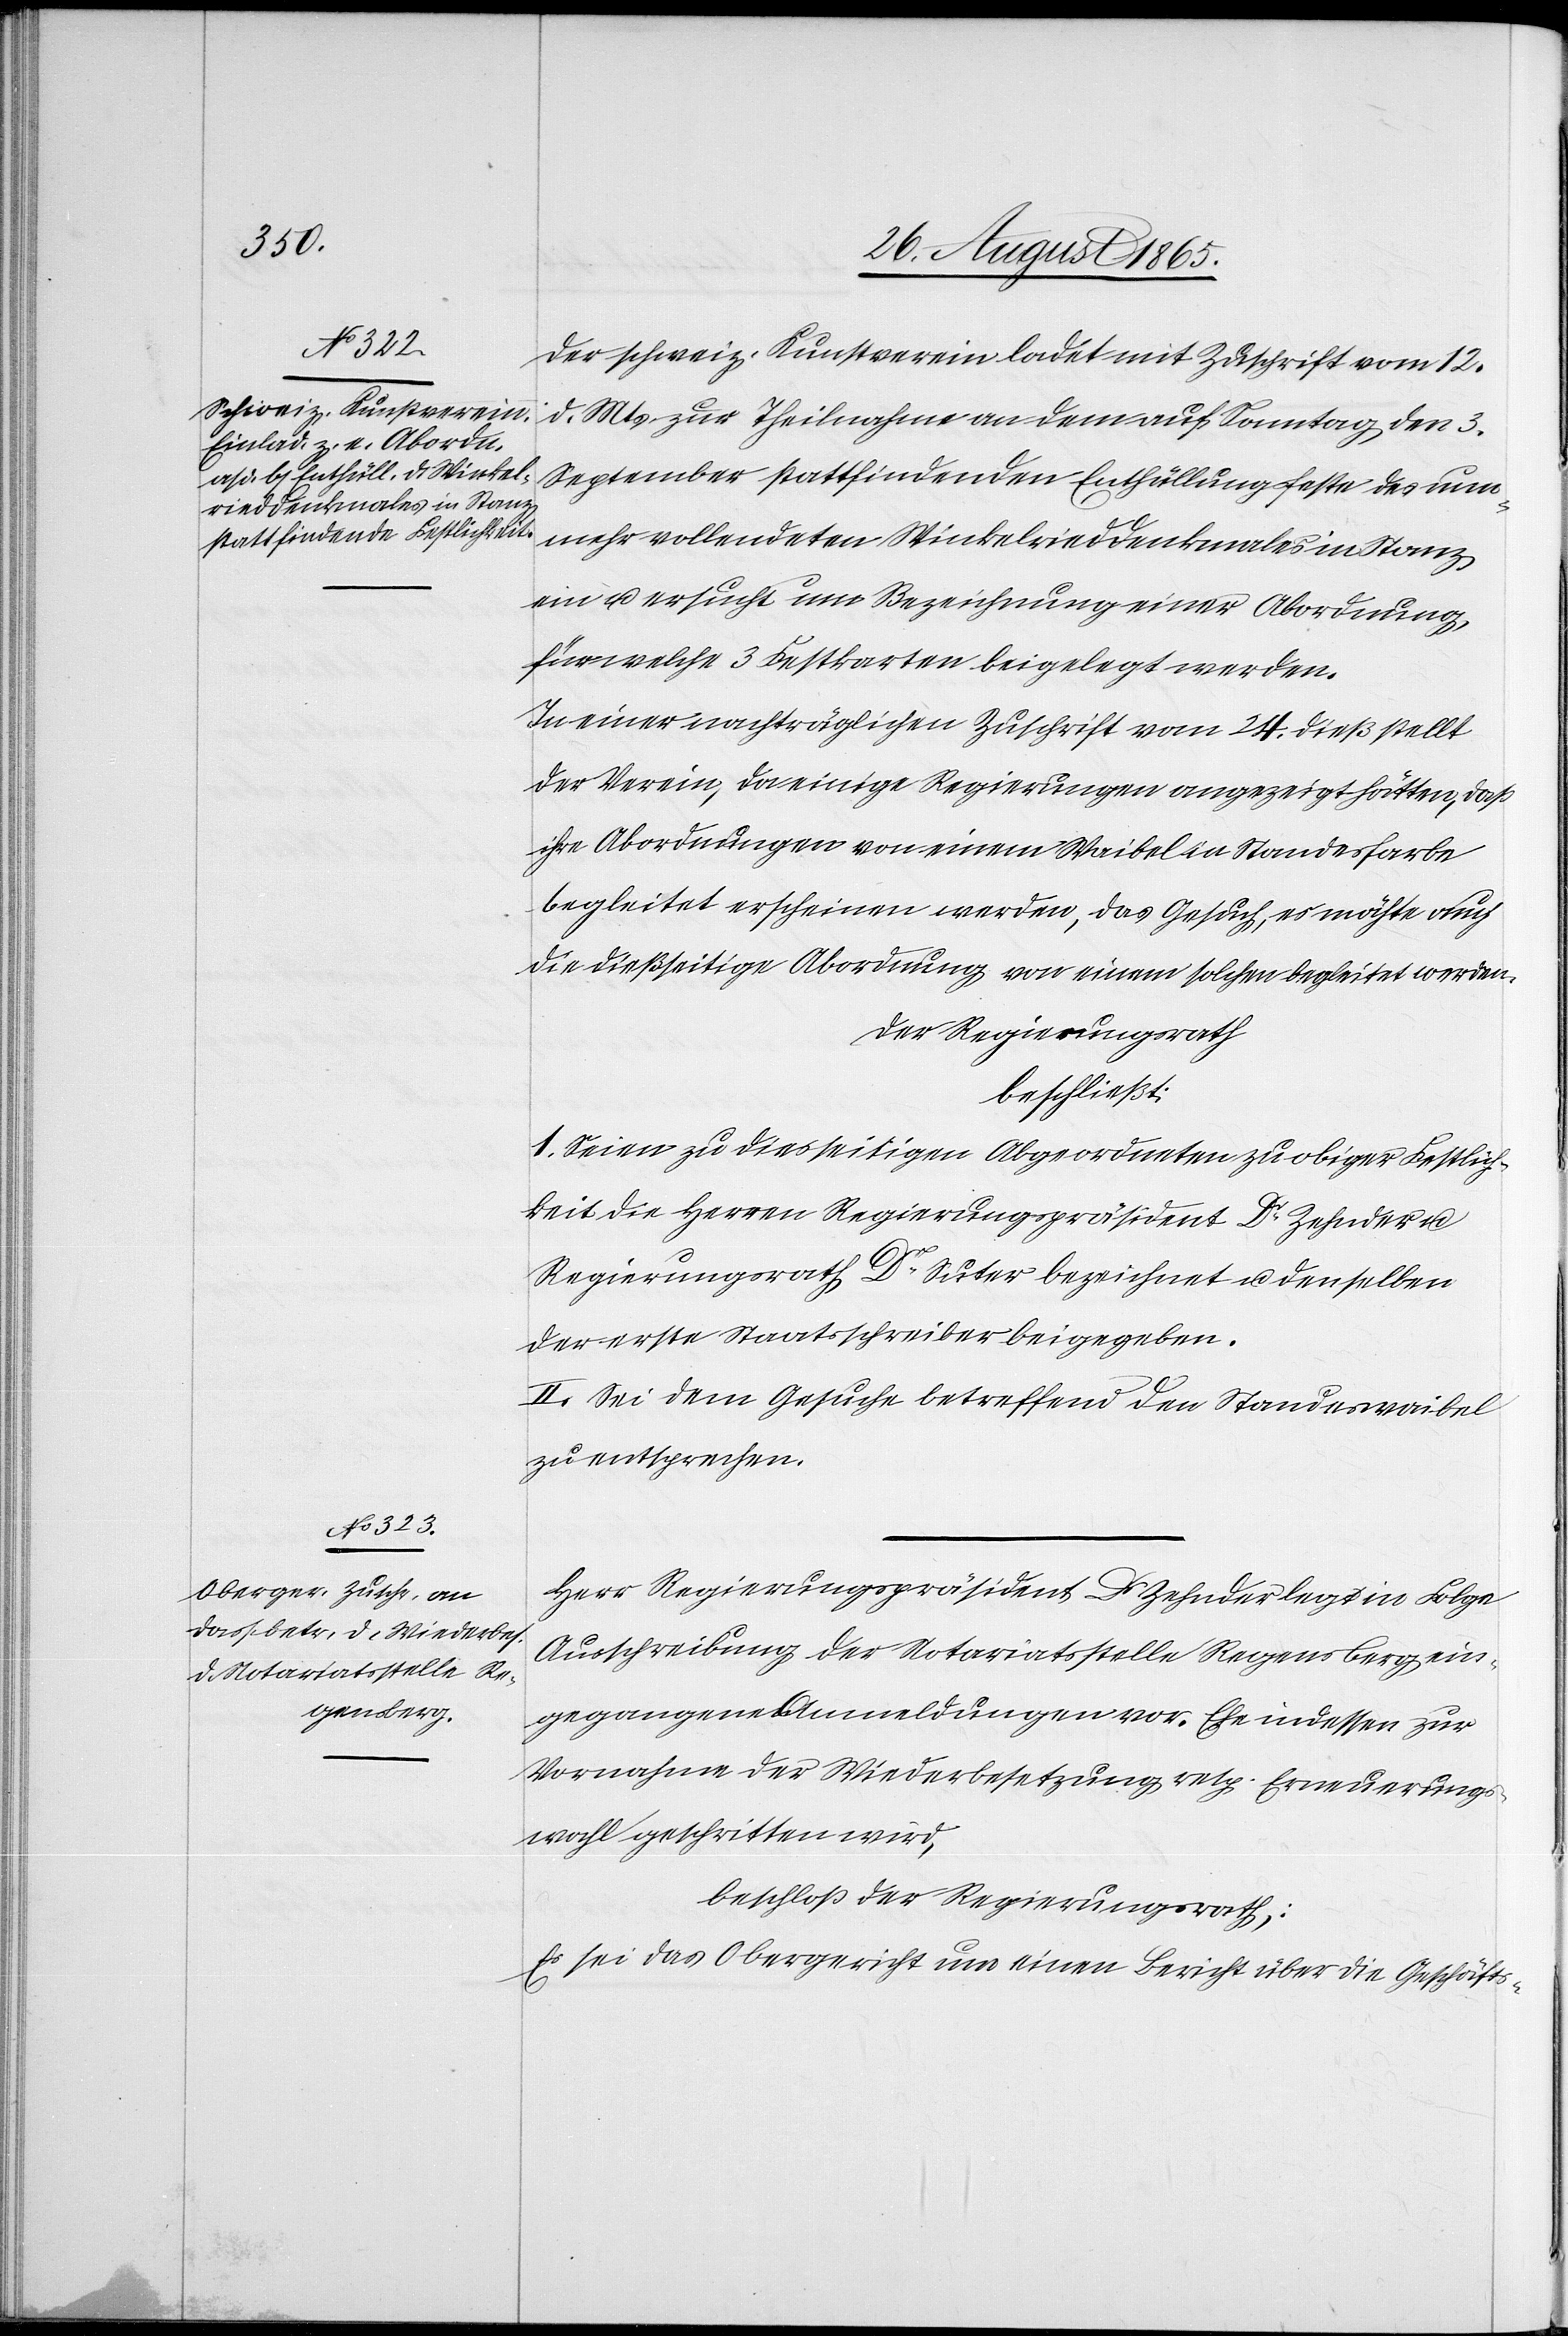
Der schweiz. Kunstverein ladet mit Zuschrift vom 12.
d. Mts. zur Theilnahme an dem auf Sonntag den 3.
September stattfindenden Enthüllungsfeste des nunm¬
ehr vollendeten Winkelrieddenkmales in Stanz
ein u. ersucht um Bezeichnung einer Abordnung,
für welche 3 Festkarten beigelegt werden.
In einer nachträglichen Zuschrift vom 24. dieß stellt
der Verein, da einige Regierungen angezeigt hätten, daß
ihre Abordnungen von einem Waibel in Standesfarbe
begleitet erscheinen werden, das Gesuch, es möchte auch
die dießseitige Abordnung von einem solchen begleitet werden.
Der Regierungsrath
beschließt:
1. Seien zu diesseitigen Abgeordneten zu obiger Festlich¬
keit die Herren Regierungspräsident Dr Zehnder u.
Regierungsrath Dr Suter bezeichnet u. denselben
der erste Staatsschreiber beigegeben.
II. Sei dem Gesuche betreffend den Standeswaibel
zu entsprechen.
Herr Regierungspräsident Dr Zehnder legt in Folge
Ausschreibung der Notariatsstelle Regensberg ein¬
gegangene Anmeldungen vor. Ehe indessen zur
Vornahme der Wiederbesetzung resp. Erneuerungs¬
wahl geschritten wird,
beschloß der Regierungsrath,:
Es sei das Obergericht um einen Bericht über die Geschäfts-